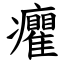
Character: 癯